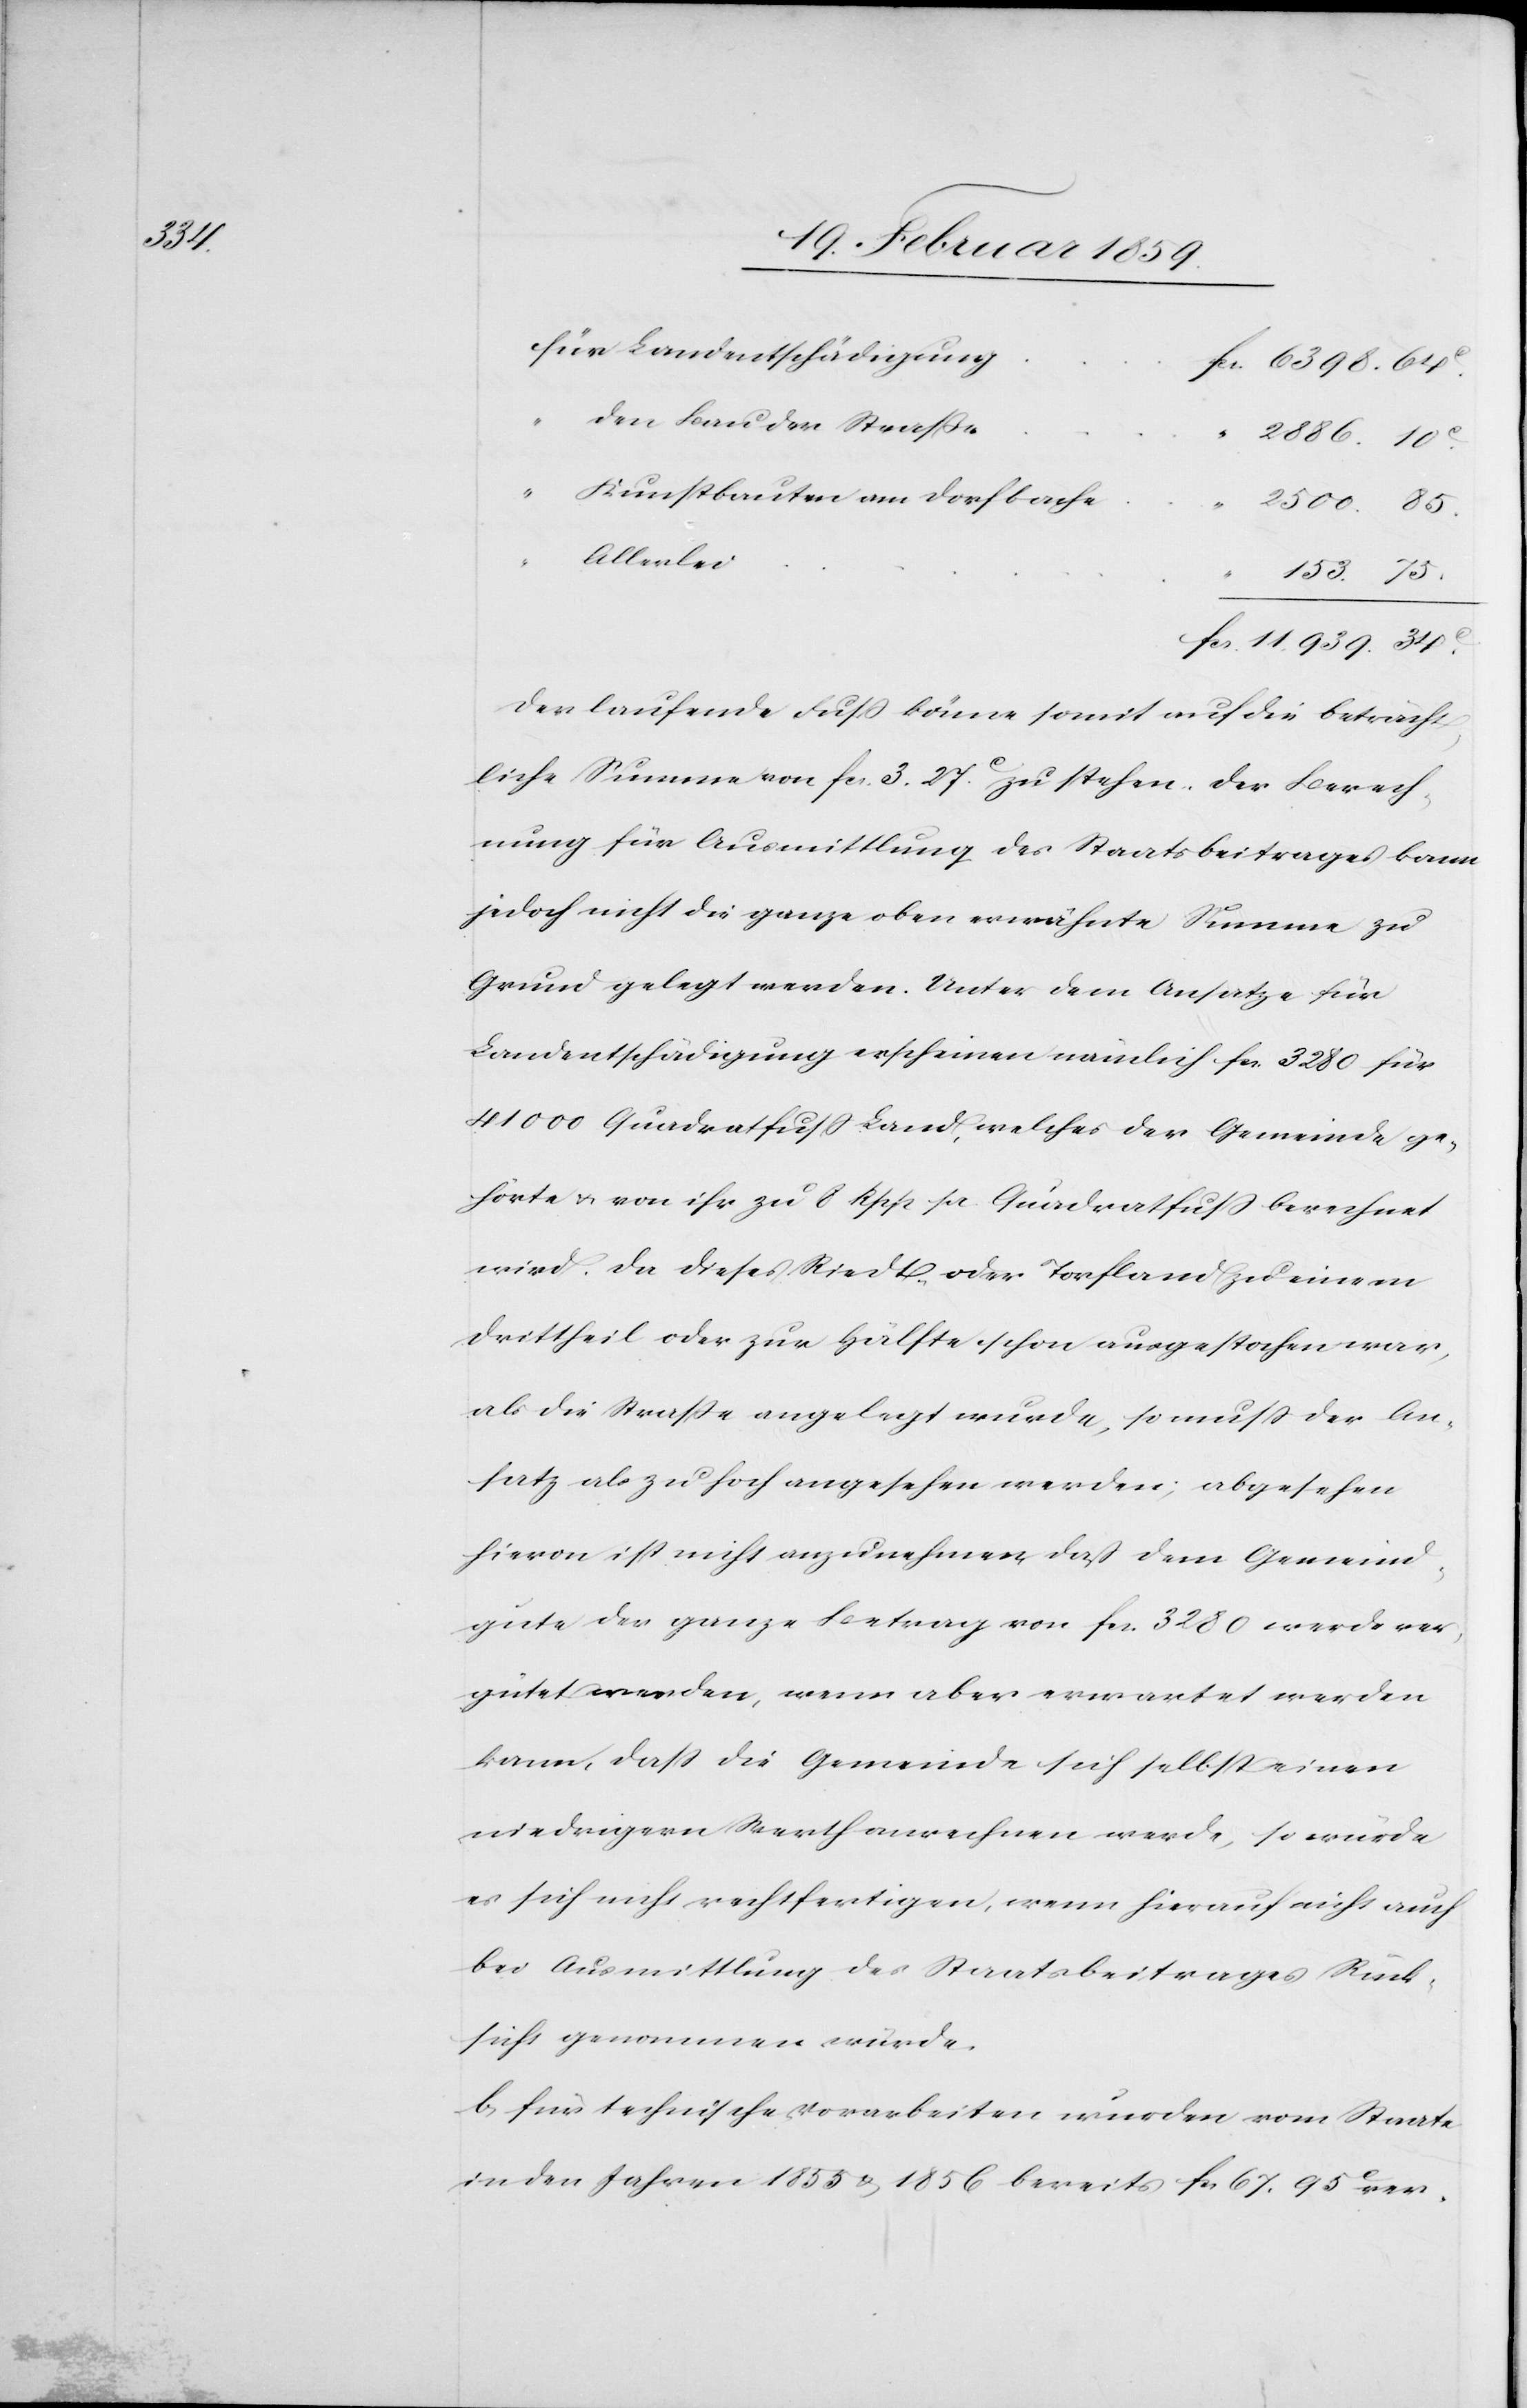
c.

Landentschädigung
den Bau der Straße
2886. 10
“
Kunstbauten am Dorfbache
“
2500. 85.
Allerlei
153. 75.
Der laufende Fuß käme somit auf die beträcht¬
liche Summe von fcs. 3. 27 c. zu stehen. Der Berech¬
nung für Ausmittlung des Staatsbeitrages kann
jedoch nicht die ganze oben erwähnte Summe zu
Grund gelegt werden. Unter dem Ansatze für
Landentschädigung erscheinen nämlich fcs. 3280 für
41 000 Quadratfuß Land, welches der Gemeinde ge¬
hörte & von ihr zu 8 Rpp per Quadratfuß berechnet
wird. Da dieses Riedt, oder Torfland zu einem
Drittheil oder zur Hälfte schon ausgestochen war,
als die Straße angelegt wurde, so muß der An¬
satz als zu hoch angesehen werden; abgesehen
hievon ist nicht anzunehmen, daß dem Gemeind¬
gute der ganze Betrag von fcs. 3280 werde ver¬
gütet werden, wenn aber erwartet werden
kann, daß die Gemeinde sich selbst einen
niedrigern Wert anrechnen werde, so würde
es sich nicht rechtfertigen, wenn hierauf nicht auch
bei Ausmittlung des Staatsbeitrages Rück¬
sicht genommen würde.
b) für technische Vorarbeiten wurden vom Staate
in den Jahren 1855 & 1856 bereits fcs 67. 95 c ver-